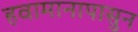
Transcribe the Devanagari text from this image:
हवामानापासुन